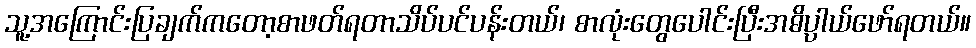
သူ့အကြောင်းပြချက်ကတော့စာဖတ်ရတာသိပ်ပင်ပန်းတယ်၊ စာလုံးတွေပေါင်းပြီးအဓိပ္ပာယ်ဖော်ရတယ်။